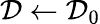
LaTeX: \mathcal{D}\leftarrow\mathcal{D}_{0}